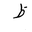
Letter: _za